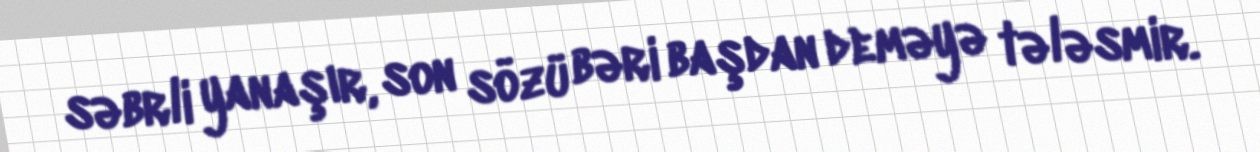
səbrli yanaşır, son sözü bəri başdan deməyə tələsmir.